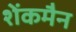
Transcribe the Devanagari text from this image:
शेंकमैन